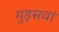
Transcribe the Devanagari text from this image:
मुड़सवां